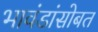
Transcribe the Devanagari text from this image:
भावंडांसोबत